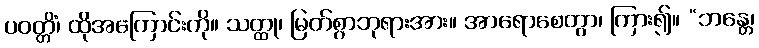
ပဝတ္တိံ၊ ထိုအကြောင်းကို။ သတ္ထု၊ မြတ်စွာဘုရားအား။ အာရောစေတွာ၊ ကြား၍။ “ဘန္တေ၊